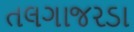
તલગાજરડા